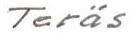
Teräs